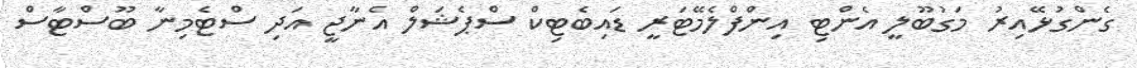
ގެންގުޅޭއިރު މަގުބޫލީ އެންޓި އިންފްލެމޭޓަރީ ޑައިބެޓިކް ސްޕެޝަލް އެނާޖީ އަދި ސްޓެމިނާ ބޫސްޓާސް